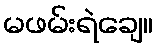
မဖမ်းရဲချေ။